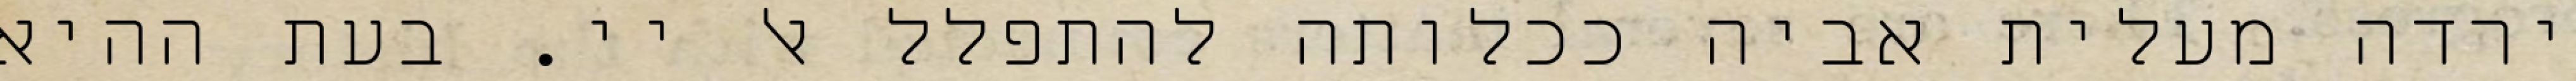
ירדה מעלית אביה ככלותה להתפלל אל יי. בעת ההיא